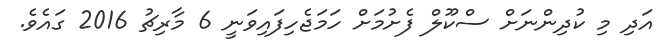
އަދި މި ކުދިންނަށް ސްކޫލް ފެށުމަށް ހަމަޖެހިފައިވަނީ 6 މާރިޗު 2016 ގައެވެ.